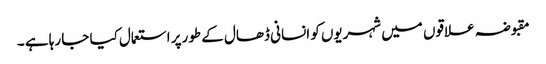
مقبوضہ علاقوں میں شہریوں کو انسانی ڈھال کے طورپر استعمال کیا جا رہا ہے ۔